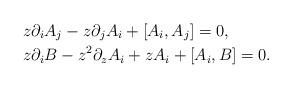
LaTeX: \begin{align*}& z\partial_iA_j-z\partial_jA_i+[A_i,A_j]=0,\\& z\partial_i B-z^2\partial_z A_i + zA_i + [A_i,B] =0.\end{align*}